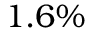
1 . 6 \%